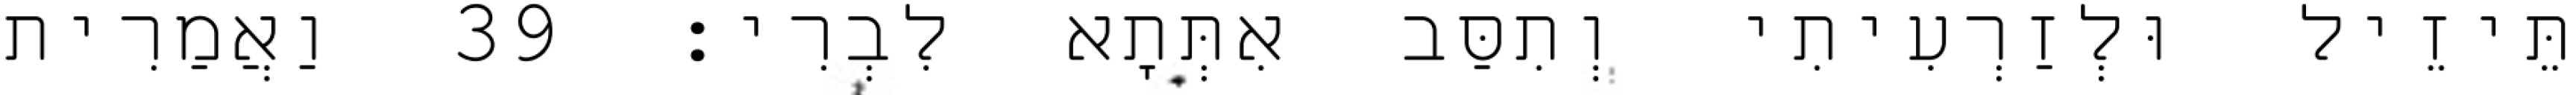
תֵּיזֵיל וּלְזַרְעִיתִי וְתִסַּב אִתְּתָא לִבְרִי׃ 39 וַאֲמַרִית